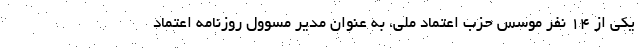
یکی از ۱۴ نفر موسس حزب اعتماد ملی، به عنوان مدیر مسوول روزنامه اعتماد